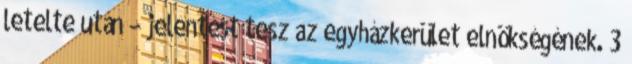
letelte után – jelentést tesz az egyházkerület elnökségének. 3